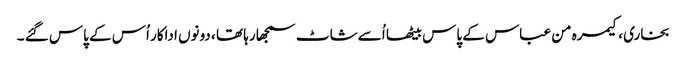
بخاری ، کیمرہ من عباس کے پاس بیٹھا اُسے شاٹ سمجھا رہا تھا ، دونوں اداکار اُس کے پاس گئے ۔